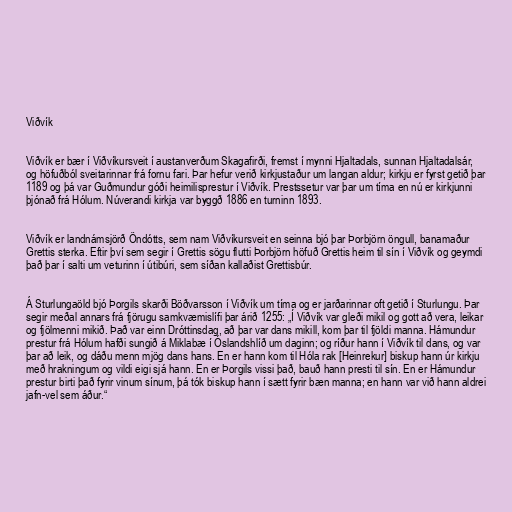
Viðvík

Viðvík er bær í Viðvíkursveit í austanverðum Skagafirði, fremst í mynni Hjaltadals, sunnan Hjaltadalsár,
og höfuðból sveitarinnar frá fornu fari. Þar hefur verið kirkjustaður um langan aldur; kirkju er fyrst getið þar
1189 og þá var Guðmundur góði heimilisprestur í Viðvík. Prestssetur var þar um tíma en nú er kirkjunni
þjónað frá Hólum. Núverandi kirkja var byggð 1886 en turninn 1893.

Viðvík er landnámsjörð Öndótts, sem nam Viðvíkursveit en seinna bjó þar Þorbjörn öngull, banamaður
Grettis sterka. Eftir því sem segir í Grettis sögu flutti Þorbjörn höfuð Grettis heim til sín í Viðvík og geymdi
það þar í salti um veturinn í útibúri, sem síðan kallaðist Grettisbúr.

Á Sturlungaöld bjó Þorgils skarði Böðvarsson í Viðvík um tíma og er jarðarinnar oft getið í Sturlungu. Þar
segir meðal annars frá fjörugu samkvæmislífi þar árið 1255: „Í Viðvík var gleði mikil og gott að vera, leikar
og fjölmenni mikið. Það var einn Dróttinsdag, að þar var dans mikill, kom þar til fjöldi manna. Hámundur
prestur frá Hólum hafði sungið á Miklabæ í Óslandshlíð um daginn; og ríður hann í Viðvík til dans, og var
þar að leik, og dáðu menn mjög dans hans. En er hann kom til Hóla rak [Heinrekur] biskup hann úr kirkju
með hrakningum og vildi eigi sjá hann. En er Þorgils vissi það, bauð hann presti til sín. En er Hámundur
prestur birti það fyrir vinum sínum, þá tók biskup hann í sætt fyrir bæn manna; en hann var við hann aldrei
jafn-vel sem áður.“